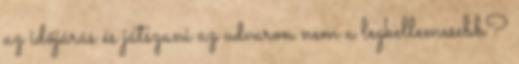
az időjárás és játszani az udvaron nem a legkellemesebb?